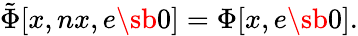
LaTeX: \tilde{\Phi}\lbrack x,nx,e\sb{0}\rbrack=\Phi\lbrack x,e\sb{0}\rbrack.